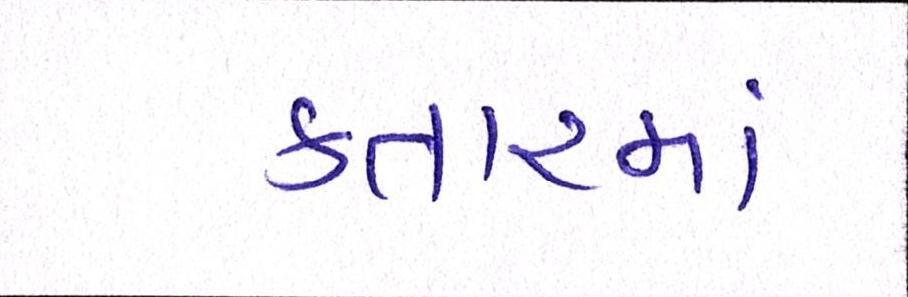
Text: કતારમાં